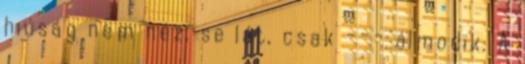
hiúság nem néz, se lát, csak --- álmodik. A